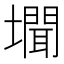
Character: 𭏾